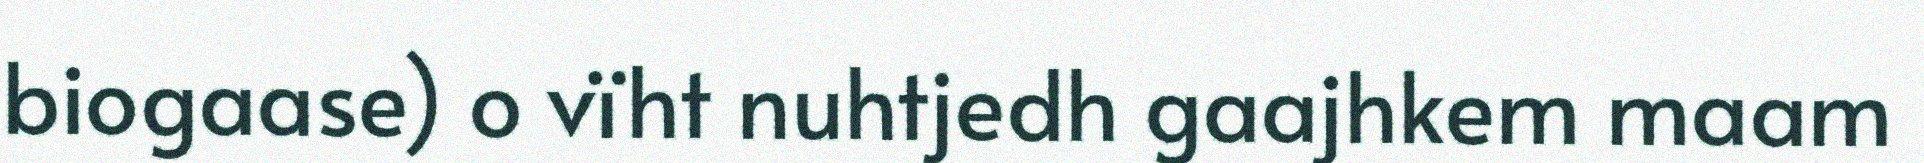
biogaase) o vïht nuhtjedh gaajhkem maam